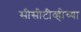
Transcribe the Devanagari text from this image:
सीसीटीव्हीच्या